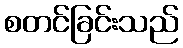
စတင်ခြင်းသည်